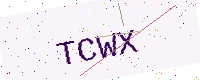
Text: TCWX